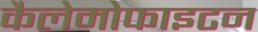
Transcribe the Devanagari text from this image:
कैलेमोफाइटन